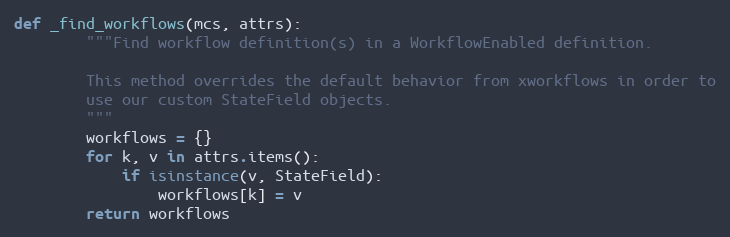
Language: Python
def _find_workflows(mcs, attrs):
        """Find workflow definition(s) in a WorkflowEnabled definition.

        This method overrides the default behavior from xworkflows in order to
        use our custom StateField objects.
        """
        workflows = {}
        for k, v in attrs.items():
            if isinstance(v, StateField):
                workflows[k] = v
        return workflows